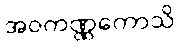
အဝကဏ္ဏကောသိ